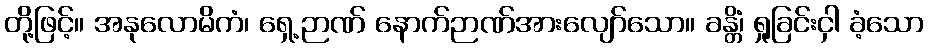
တို့ဖြင့်။ အနုလောမိကံ၊ ရှေ့ဉာဏ် နောက်ဉာဏ်အားလျော်သော။ ခန္တိံ၊ ရှုခြင်းငှါ ခံ့သော